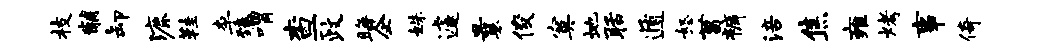
枝黼卸漉鞋李臻喟查政晦企姝遽曩俊寞地聒遁怒菖裤涪焦雍烤事倚